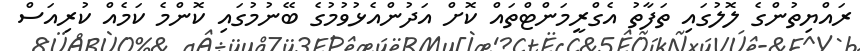
ރައްޔިތުންގެ ލޮލުގައި ތަފާތު އެގްރީމަންޓްތައް ކޮށް އަދުންއެޅުވުމުގެ ބޭނުމުގައި ކޮންމެ ކަމެއް ކުރިއަސް